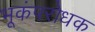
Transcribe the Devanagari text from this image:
भूकंपरोधक